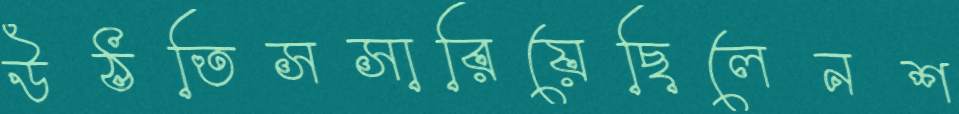
উঠতিসসারিয়েছিলেনশ